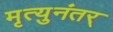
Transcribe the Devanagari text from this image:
मृत्युनंतर्